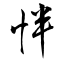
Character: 怑